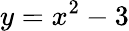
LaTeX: y=x^{2}-3